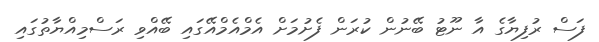
ފަސް ރުފިޔާގެ އާ ނޫޓު ބޭނުން ކުރަން ފެށުމަށް އެމްއެމްއޭގައި ބޭއްވި ރަސްމިއްޔާތުގައި